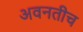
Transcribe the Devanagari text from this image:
अवनतीच